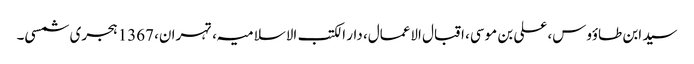
سید ابن طاؤوس، علی بن موسی، اقبال الاعمال، دار الکتب الاسلامیہ، تہران، 1367 ہجری شمسی۔